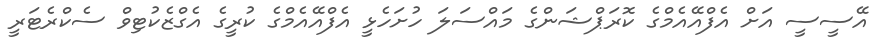
އޭސީސީ އަށް އެފްއޭއެމްގެ ކޮރަޕްޝަންގެ މައްސަލަ ހުށަހެޅީ އެފްއޭއެމްގެ ކުރީގެ އެގްޒެކުޓިވް ސެކްރެޓަރީ